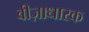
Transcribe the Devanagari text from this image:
वीज़ाधारक